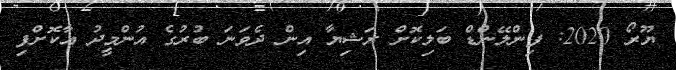
ޔޫރޯ 2020: ފިންލޭންޑް ބަލިކޮށް ރަޝިޔާ އިން ދެވަނަ ބުރުގެ އުންމީދު އާކޮށްފި